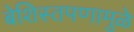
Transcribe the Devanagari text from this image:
बेशिस्तपणामुळे